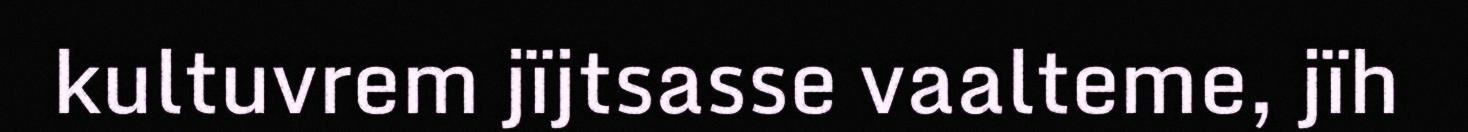
kultuvrem jïjtsasse vaalteme, jïh